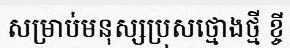
សម្រាប់មនុស្សប្រុសថ្មោងថ្មី ខ្ចី